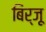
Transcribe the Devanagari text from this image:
बिर्जू